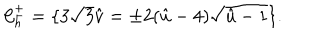
LaTeX: { \cal C } _ { h } ^ { \pm } = \{ 3 \sqrt { 3 } \hat { v } = \pm 2 ( \hat { u } - 4 ) \sqrt { \hat { u } - 1 } \} .